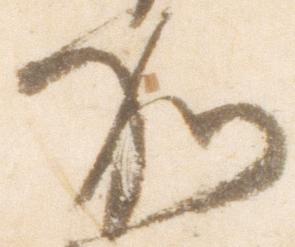
加